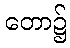
တော၌